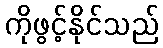
ကိုဖွင့်နိုင်သည်